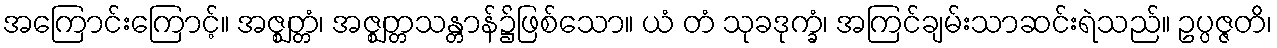
အကြောင်းကြောင့်။ အဇ္ဈတ္တံ၊ အဇ္ဈတ္တသန္တာန်၌ဖြစ်သော။ ယံ တံ သုခဒုက္ခံ၊ အကြင်ချမ်းသာဆင်းရဲသည်။ ဥပ္ပဇ္ဇတိ၊